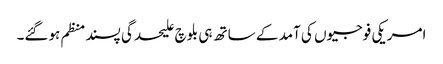
امریکی فوجیوں کی آمد کے ساتھ ہی بلوچ علیحدگی پسند منظم ہوگئے۔